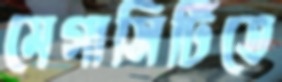
মেগাসিটিতে